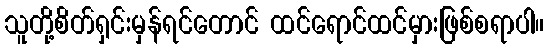
သူတို့စိတ်ရှင်းမှန်ရင်တောင် ထင်ရောင်ထင်မှားဖြစ်စရာပါ။